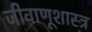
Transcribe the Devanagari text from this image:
जीवाणूशास्त्र